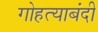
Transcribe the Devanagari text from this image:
गोहत्याबंदी